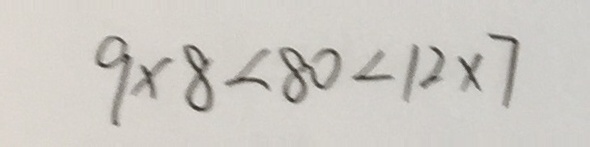
9 \times 8 < 8 0 < 1 2 \times 7